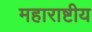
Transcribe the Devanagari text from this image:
महाराष्टीय